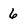
Character: 6